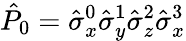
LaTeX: \hat{P}_{0}=\hat{\sigma}_{x}^{0}\hat{\sigma}_{y}^{1}\hat{\sigma}_{z}^{2}\hat{\sigma}_{x}^{3}